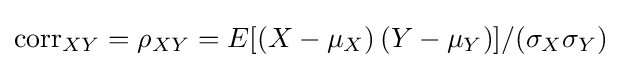
{\text{corr}}_{XY}=\rho _{XY}=E[(X-\mu _{X})\,(Y-\mu _{Y})]/(\sigma _{X}\sigma _{Y})